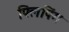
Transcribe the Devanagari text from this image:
फ्लिपिंग